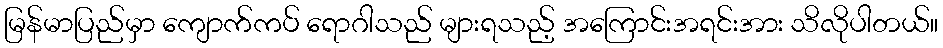
မြန်မာပြည်မှာ ကျောက်ကပ် ရောဂါသည် များရသည့် အကြောင်းအရင်းအား သိလိုပါတယ်။